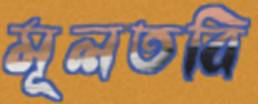
মূলতবি